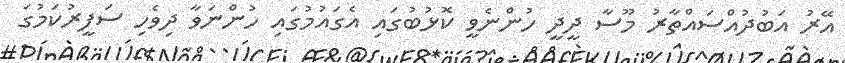
އޭރު އަބުދުއްސައްތާރު މޫސާ ދީދީ ހުންނެވީ ކޮޅުބުގައި އެގައުމުގައި ހުންނަވާ ދިވެހި ސަފީރުކަމުގަ